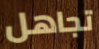
تجاهل